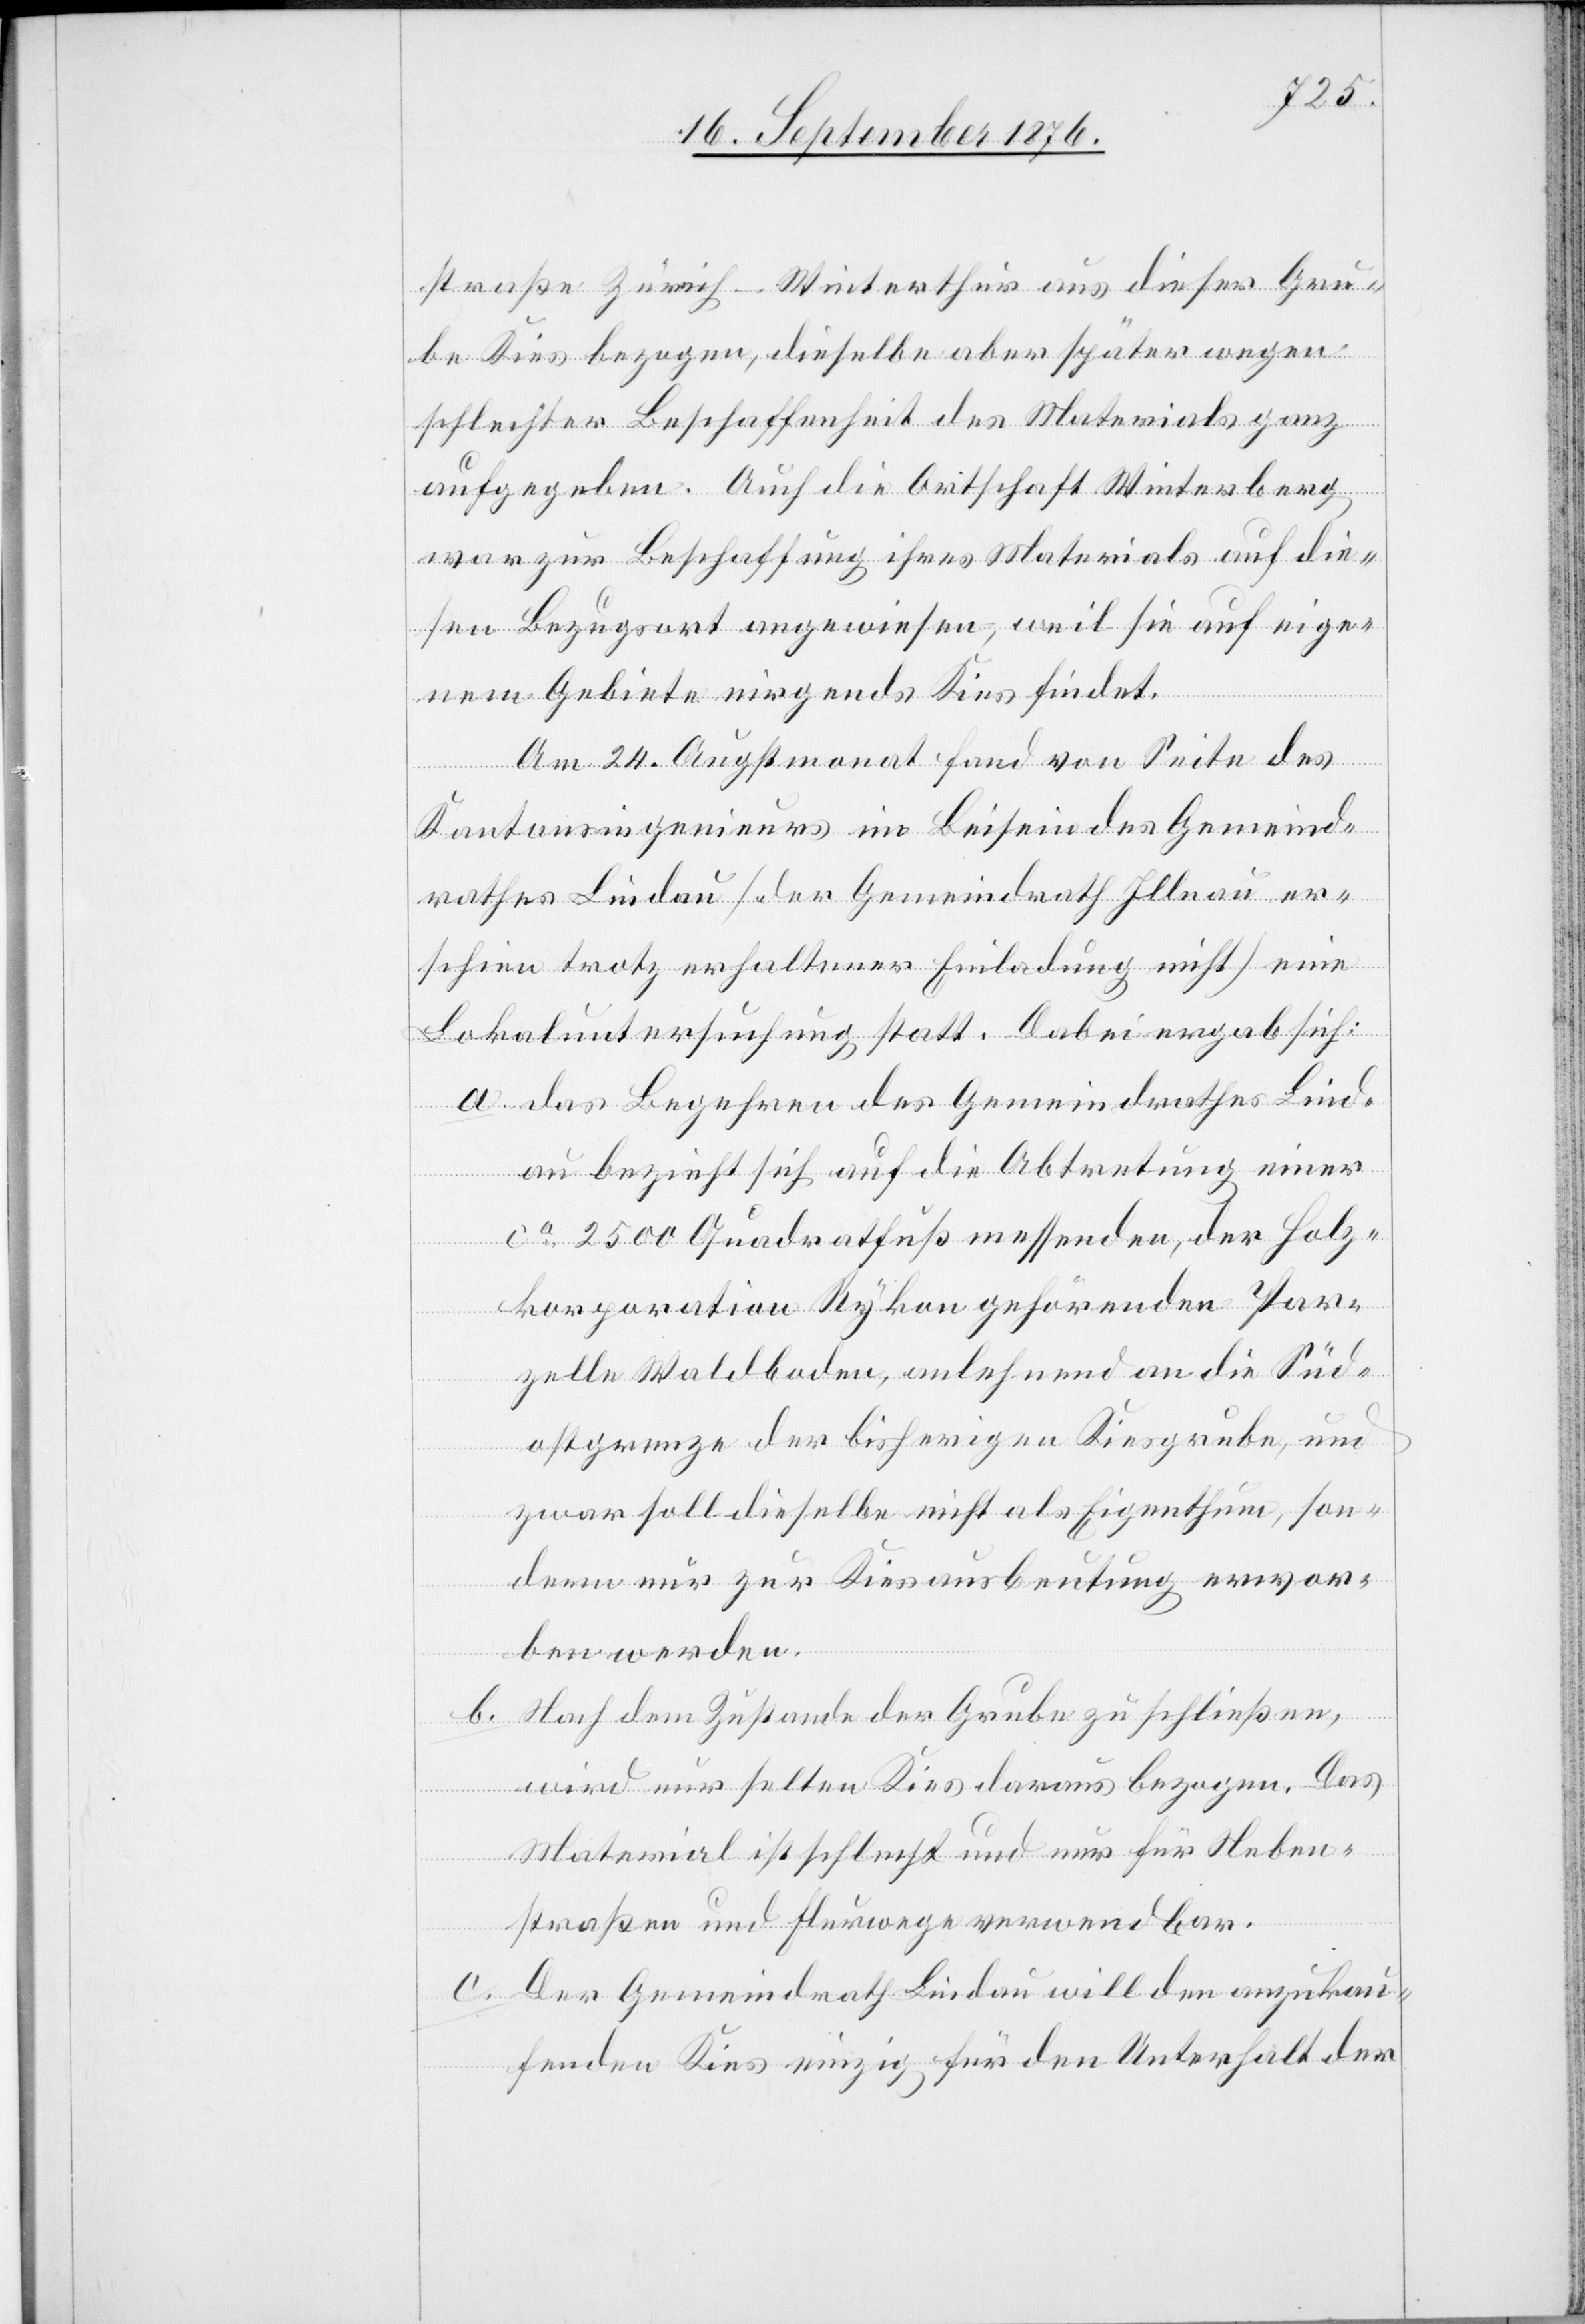
straße Zürich–Winterthur aus dieser Gru¬
be Kies bezogen, dieselbe aber später wegen
schlechter Beschaffenheit des Materials ganz
aufgegeben. Auch die Ortschaft Winterberg
war zur Beschaffung ihres Materials auf die¬
sen Bezugsort angewiesen, weil sie auf eige¬
nem Gebiete nirgends Kies findet.
Am 24. Augstmonat fand von Seite des
Kantonsingenieurs im Beisein des Gemeind¬
rathes Lindau [der Gemeindrath Illnau er¬
schien trotz erhaltener Einladung nicht] eine
Lokaluntersuchung statt. Dabei ergab sich:
a. das Begehren des Gemeindrathes Lind¬
au bezieht sich auf die Abtretung einer
ca 2500 Quadratfuß messenden, der Holz¬
korporation Rykon gehörenden Par¬
zelle Waldboden, anlehnend an die Süd¬
ostgrenze der bisherigen Kiesgrube, und
zwar soll dieselbe nicht als Eigenthum, son¬
dern nur zur Kiesausbeutung erwor¬
ben werden.
b. Nach dem Zustande der Grube zu schließen,
wird nur selten Kies daraus bezogen. Das
Material ist schlecht und nur für Neben¬
straßen und Flurwege verwendbar.
c. Der Gemeindrath Lindau will den anzukau¬
fenden Kies einzig für den Unterhalt der